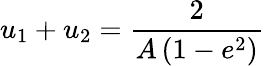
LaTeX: u_{1}+u_{2}={\frac{2}{A\left(1-e^{2}\right)}}